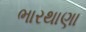
ભારથાણા